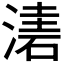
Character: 𣼤